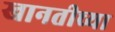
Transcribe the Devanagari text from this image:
खानतीच्या